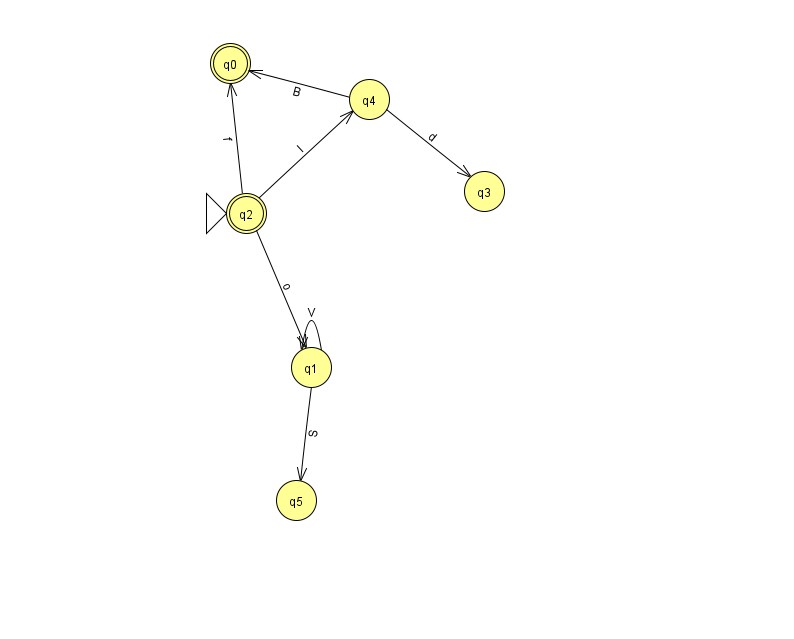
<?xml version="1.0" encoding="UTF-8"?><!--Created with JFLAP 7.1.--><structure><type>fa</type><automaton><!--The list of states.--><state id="0" name="q0"><x>230.0</x><y>50.0</y><final/></state><state id="1" name="q1"><x>311.0</x><y>354.0</y></state><state id="2" name="q2"><x>246.0</x><y>200.0</y><initial/><final/></state><state id="3" name="q3"><x>484.0</x><y>178.0</y></state><state id="4" name="q4"><x>369.0</x><y>86.0</y></state><state id="5" name="q5"><x>296.0</x><y>487.0</y></state><!--The list of transitions.--><transition><from>4</from><to>3</to><read>d</read></transition><transition><from>2</from><to>0</to><read>f</read></transition><transition><from>2</from><to>1</to><read>o</read></transition><transition><from>1</from><to>1</to><read>V</read></transition><transition><from>1</from><to>5</to><read>S</read></transition><transition><from>2</from><to>4</to><read>l</read></transition><transition><from>4</from><to>0</to><read>B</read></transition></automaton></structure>